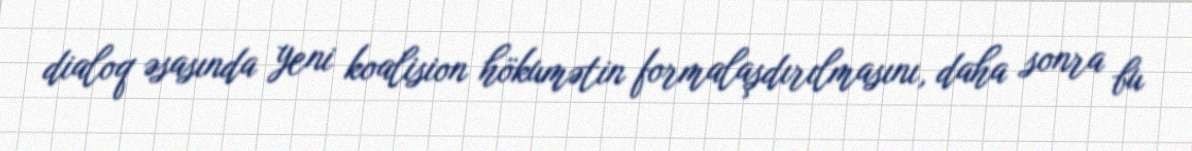
dialoq əsasında yeni koalision hökumətin formalaşdırılmasını, daha sonra bu